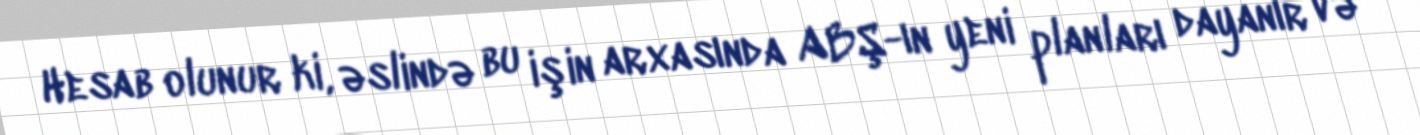
Hesab olunur ki, əslində bu işin arxasında ABŞ-ın yeni planları dayanır və